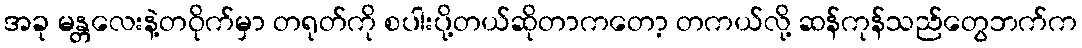
အခု မန္တလေးနဲ့တဝိုက်မှာ တရုတ်ကို စပါးပို့တယ်ဆိုတာကတော့ တကယ်လို့ ဆန်ကုန်သည်တွေဘက်က